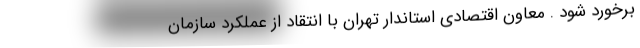
برخورد شود . معاون اقتصادی استاندار تهران با انتقاد از عملکرد سازمان